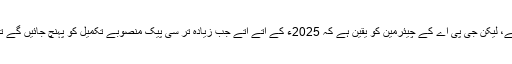
اب تک 269 بلوچوں کو جی پی اے میں گریڈ ایک سے 16 تک کی ملازمتوں پر رکھا جا چکا ہے، لیکن جی پی اے کے چیئرمین کو یقین ہے کہ 2025ء کے آتے آتے جب زیادہ تر سی پیک منصوبے تکمیل کو پہنچ جائیں گے تب ان سے شہر میں رہنے والوں کے ذریعہ معاش پر لازمی طور پر مثبت اثرات مرتب ہوں گے۔